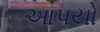
આપયો